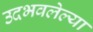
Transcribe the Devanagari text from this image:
उदभवलेल्या